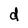
Character: d